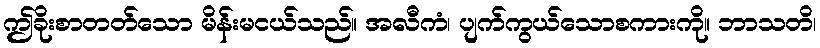
ဤခိုးစာတတ်သော မိန်းမငယ်သည်။ အလီကံ၊ ပျက်ကွယ်သောစကားကို။ ဘာသတိ၊